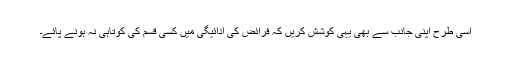
اسی طرح اپنی جانب سے بھی یہی کوشش کریں کہ فرائض کی ادائیگی میں کسی قسم کی کوتاہی نہ ہونے پائے۔